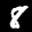
Label: 8